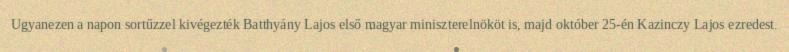
Ugyanezen a napon sortűzzel kivégezték Batthyány Lajos első magyar miniszterelnököt is, majd október 25-én Kazinczy Lajos ezredest.